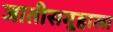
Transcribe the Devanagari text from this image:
जातीसमूहाला